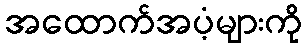
အထောက်အပံ့များကို